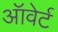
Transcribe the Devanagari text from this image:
ऑवेर्ट